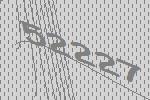
52227